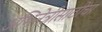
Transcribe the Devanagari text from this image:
अभिनेत्रीसाठीचा